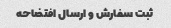
ثبت سفارش و ارسال افتضاحه